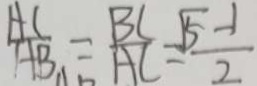
\frac { A C } { A B } = \frac { B C } { A C } = \frac { \sqrt { 5 } - 1 } { 2 }